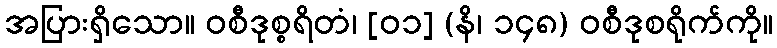
အပြားရှိသော။ ဝစီဒုစ္စရိတံ၊ [၀၁] (နိ၊ ၁၄၈) ဝစီဒုစရိုက်ကို။